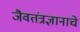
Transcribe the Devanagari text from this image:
जैवतंत्रज्ञानाचे